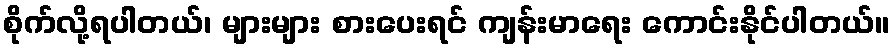
စိုက်လို့ရပါတယ်၊ များများ စားပေးရင် ကျန်းမာရေး ကောင်းနိုင်ပါတယ်။